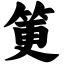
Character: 筻